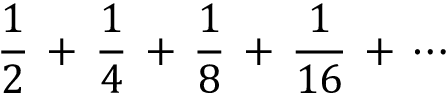
{ \frac { 1 } { 2 } } \, + \, { \frac { 1 } { 4 } } \, + \, { \frac { 1 } { 8 } } \, + \, { \frac { 1 } { 1 6 } } \, + \, \cdots